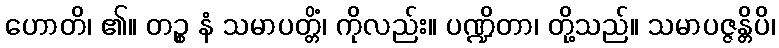
ဟောတိ၊ ၏။ တဉ္စ နံ သမာပတ္တိံ၊ ကိုလည်း။ ပဏ္ဍိတာ၊ တို့သည်။ သမာပဇ္ဇန္တိပိ၊